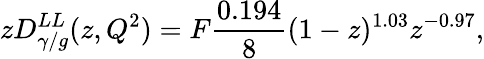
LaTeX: zD_{\gamma/g}^{LL}(z,Q^{2})=F{\frac{0.194}{8}}(1-z)^{1.03}z^{-0.97},